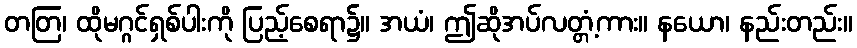
တတြ၊ ထိုမဂ္ဂင်ရှစ်ပါးကို ပြည့်စေရာ၌။ အယံ၊ ဤဆိုအပ်လတ္တံ့ကား။ နယော၊ နည်းတည်း။